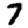
Digit: 7